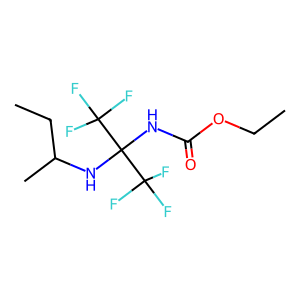
SMILES: CCOC(=O)NC(NC(C)CC)(C(F)(F)F)C(F)(F)F
Inhibits HIV replication: No